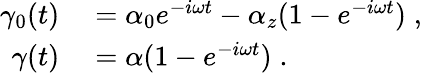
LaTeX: \begin{array}{rl}{\gamma_{0}(t)}&{{}=\alpha_{0}e^{-i\omega t}-\alpha_{z}(1-e^{-i\omega t})\; ,}\\ {\gamma(t)}&{{}=\alpha(1-e^{-i\omega t})\; .}\end{array}